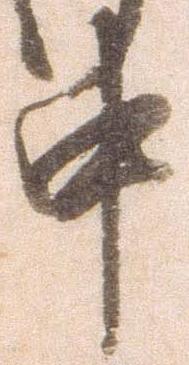
中